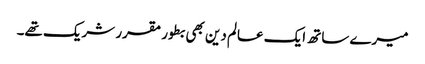
میرے ساتھ ایک عالم دین بھی بطور مقرر شریک تھے۔